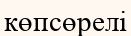
көпсөрелі